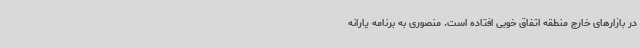
در بازارهای خارج منطقه اتفاق خوبی افتاده است. منصوری به برنامه یارانه